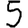
Digit: 5